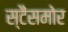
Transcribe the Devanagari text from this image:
स्टैंसमोर